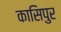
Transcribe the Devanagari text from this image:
कासिपुर